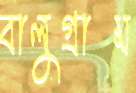
বালুগ্রাম